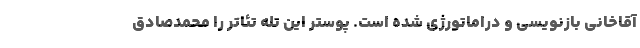
آقاخانی بازنویسی و دراماتورژی شده است. پوستر این تله تئاتر را محمدصادق